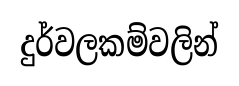
දුර්වලකම්වලින්